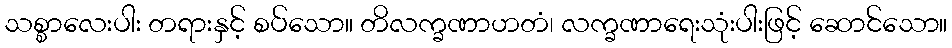
သစ္စာလေးပါး တရားနှင့် စပ်သော။ တိလက္ခဏာဟတံ၊ လက္ခဏာရေးသုံးပါးဖြင့် ဆောင်သော။